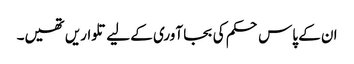
ان کے پاس حکم کی بجا آوری کے لیے تلواریں تھیں۔